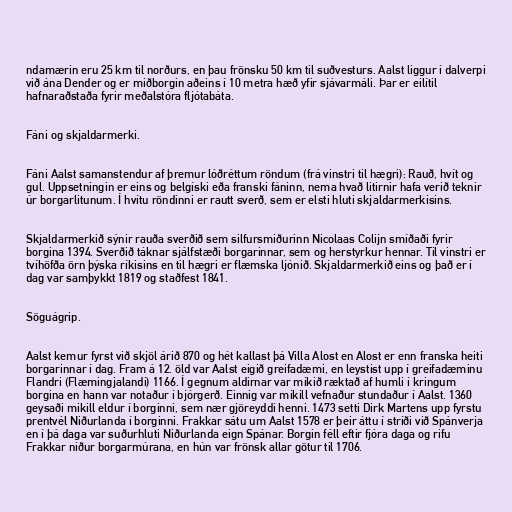
ndamærin eru 25 km til norðurs, en þau frönsku 50 km til suðvesturs. Aalst liggur í dalverpi
við ána Dender og er miðborgin aðeins í 10 metra hæð yfir sjávarmáli. Þar er eilítil
hafnaraðstaða fyrir meðalstóra fljótabáta.

Fáni og skjaldarmerki.

Fáni Aalst samanstendur af þremur lóðréttum röndum (frá vinstri til hægri): Rauð, hvít og
gul. Uppsetningin er eins og belgíski eða franski fáninn, nema hvað litirnir hafa verið teknir
úr borgarlitunum. Í hvítu röndinni er rautt sverð, sem er elsti hluti skjaldarmerkisins.

Skjaldarmerkið sýnir rauða sverðið sem silfursmiðurinn Nicolaas Colijn smíðaði fyrir
borgina 1394. Sverðið táknar sjálfstæði borgarinnar, sem og herstyrkur hennar. Til vinstri er
tvíhöfða örn þýska ríkisins en til hægri er flæmska ljónið. Skjaldarmerkið eins og það er í
dag var samþykkt 1819 og staðfest 1841.

Söguágrip.

Aalst kemur fyrst við skjöl árið 870 og hét kallast þá Villa Alost en Alost er enn franska heiti
borgarinnar í dag. Fram á 12. öld var Aalst eigið greifadæmi, en leystist upp í greifadæminu
Flandri (Flæmingjalandi) 1166. Í gegnum aldirnar var mikið ræktað af humli í kringum
borgina en hann var notaður í bjórgerð. Einnig var mikill vefnaður stundaður í Aalst. 1360
geysaði mikill eldur í borginni, sem nær gjöreyddi henni. 1473 setti Dirk Martens upp fyrstu
prentvél Niðurlanda í borginni. Frakkar sátu um Aalst 1578 er þeir áttu í stríði við Spánverja
en í þá daga var suðurhluti Niðurlanda eign Spánar. Borgin féll eftir fjóra daga og rifu
Frakkar niður borgarmúrana, en hún var frönsk allar götur til 1706.